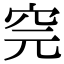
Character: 𥤸